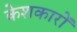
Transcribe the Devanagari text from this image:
केशकारों